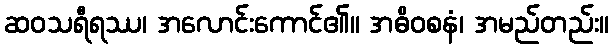
ဆဝသရီရဿ၊ အလောင်းကောင်၏။ အဓိဝစနံ၊ အမည်တည်း။